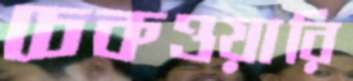
চেকওয়ারি